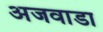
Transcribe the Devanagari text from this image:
अजवाडा